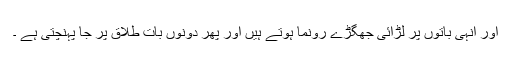
اور انہی باتوں پر لڑائی جھگڑے رونما ہوتے ہیں اور پھر دونوں بات طلاق پر جا پہنچتی ہے ۔